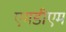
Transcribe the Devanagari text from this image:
एमडीएम